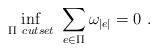
LaTeX: \begin{align*}\inf\limits_{\Pi \ cutset} \ \sum_{e \in \Pi} \omega_{|e|} = 0 \ .\end{align*}